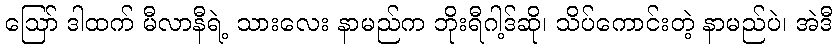
ဪ ဒါထက် မီလာနီရဲ့ သားလေး နာမည်က ဘိုးရီဂါ့ဒ်ဆို၊ သိပ်ကောင်းတဲ့ နာမည်ပဲ၊ အဲဒီ